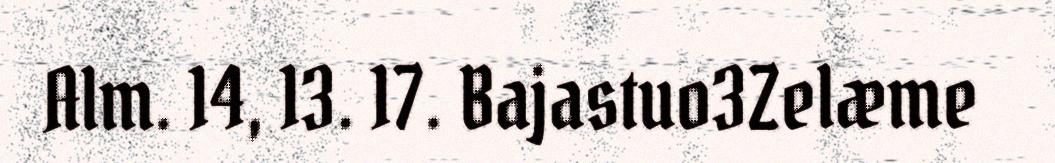
Alm. 14, 13. 17. Bajastuo3Zelæme